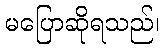
မပြောဆိုရသည်၊